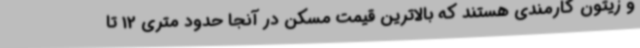
و زیتون کارمندی هستند که بالاترین قیمت مسکن در آنجا حدود متری 12 تا